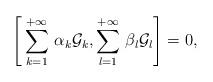
LaTeX: \begin{align*}\left[\,\sum^{+\infty}_{k=1}\,\alpha_k \mathcal{G}_k,\sum^{+\infty}_{l=1}\,\beta_l \mathcal{G}_l\right]=0,\end{align*}